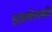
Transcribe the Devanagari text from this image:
इज़ाबेलाकी